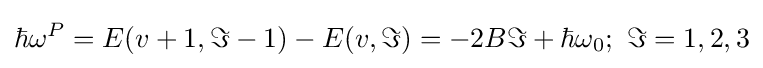
\hbar {{\omega }^{P}}=E(v+1,\Im -1)-E(v,\Im )=-2B\Im +\hbar {{\omega }_{0}};{\text{ }}\Im =1,2,3